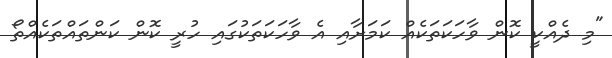
"މި ދެއްކީ ކޮން ވާހަކަތަކެއް ކަމަށާއި އެ ވާހަކަތަކުގައި ހުރީ ކޮން ކަންތައްތަކެއްތޯ